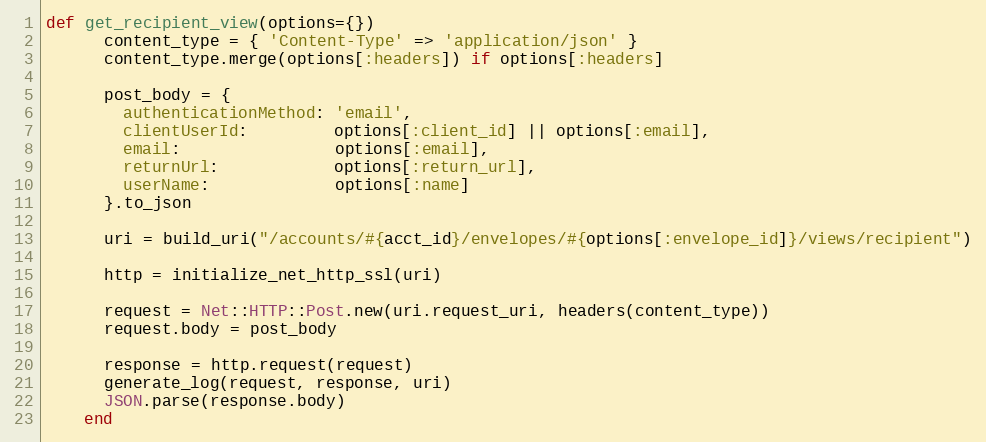
Language: Ruby
def get_recipient_view(options={})
      content_type = { 'Content-Type' => 'application/json' }
      content_type.merge(options[:headers]) if options[:headers]

      post_body = {
        authenticationMethod: 'email',
        clientUserId:         options[:client_id] || options[:email],
        email:                options[:email],
        returnUrl:            options[:return_url],
        userName:             options[:name]
      }.to_json

      uri = build_uri("/accounts/#{acct_id}/envelopes/#{options[:envelope_id]}/views/recipient")

      http = initialize_net_http_ssl(uri)

      request = Net::HTTP::Post.new(uri.request_uri, headers(content_type))
      request.body = post_body

      response = http.request(request)
      generate_log(request, response, uri)
      JSON.parse(response.body)
    end